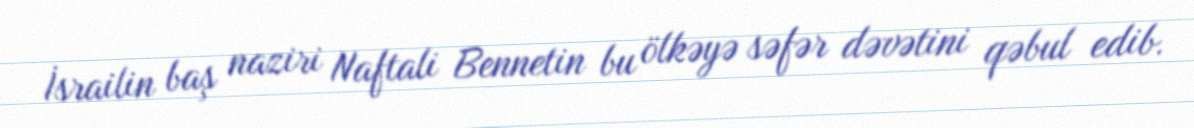
İsrailin baş naziri Naftali Bennetin bu ölkəyə səfər dəvətini qəbul edib.